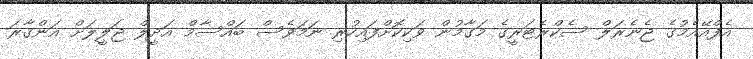
އެފްއޭއެމުގެ ޖެނެރަލް ސެކްރެޓަރީގެ މަގާމުން ވަކިކޮށްފައިހުރި ނަމަވެސް ބައްސާމް އަދީލް ޖަލީލަށް އަންގާރަ